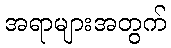
အရာများအတွက်